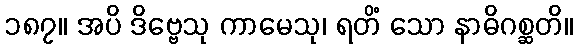
၁၈၇။ အပိ ဒိဗ္ဗေသု ကာမေသု၊ ရတိံ သော နာဓိဂစ္ဆတိ။